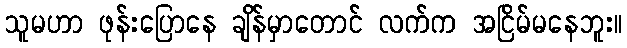
သူမဟာ ဖုန်းပြောနေ ချိန်မှာတောင် လက်က အငြိမ်မနေဘူး။